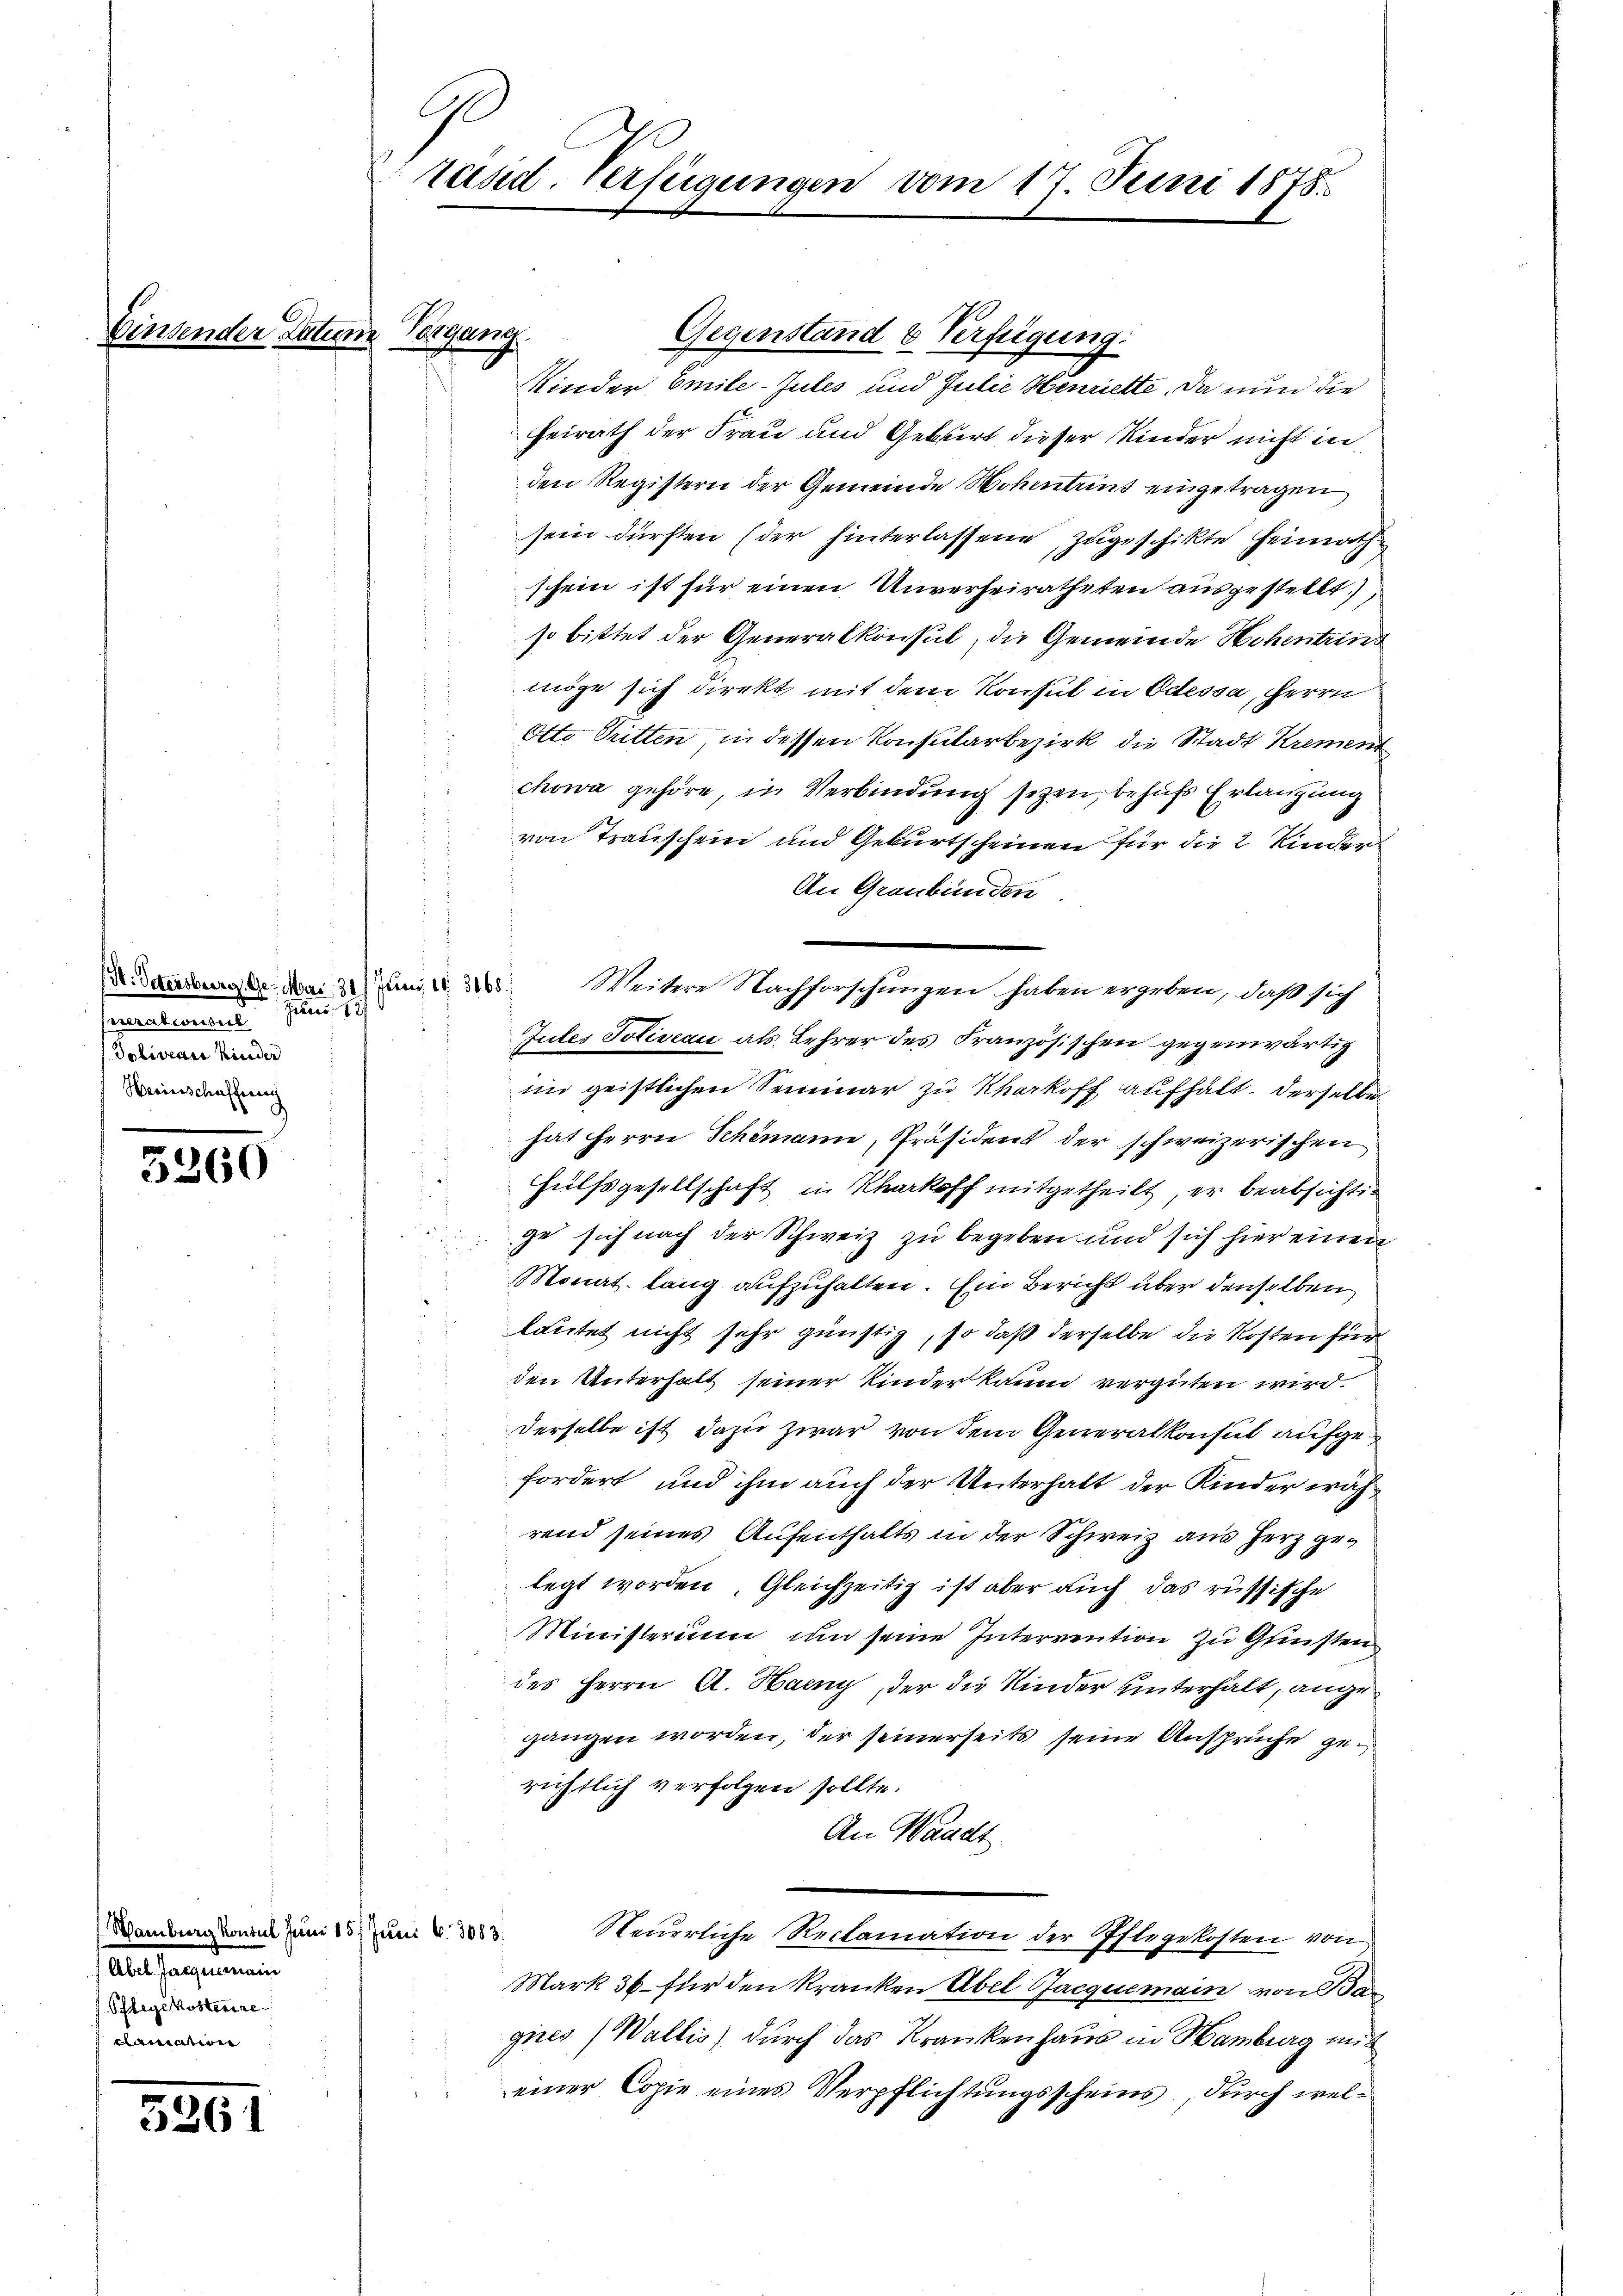
5360

Hamburg konsul Juni 157 Juni 6. 3083.
ales angemein
f. Pflegekosterire
amation

5261

Einsender Datum Vorgang

(Hr. Petersburg, Ge- Mar. 311 Juni 18. 3168.
Peten 82
velement
Soliveaus Kinder
Herinschaffung

räsid. Verfügungen vom 17. Juni 1878

G

Gegenstand & Verfügung:
KKinder Emile-Gutes und Julie Henriette. Da nun die
Heirath der Frau und Geburt dieser Kinder nicht in
den Registern der Gemeinde Hohentens eingetragen
sein dürften (der hinterlassene, zugeschikte Heimath
schein ist für einen Unverheiratheten ausgestellt.)
so bittet der Generalkonsul, die Gemeinde Hohentrind
möge sich direkt mit dem Konsul in Odessa, Herrn
Otto Sitten, in dessen Konsularbezirk die Stadt Krement
chowa gehöre, in Verbindung sezen, behufs Erlangung
von Trauschein und Geburtscheinen für die 2 Kinder
An Graubünden
tules Soliveau als Lehrer des Französischen gegenwärtig
im geistlichen Seminar zu Kherkoff aufhält. Derselbe
hat Herrn Schömann, Präsident der schweizerischen
Hülfsgesellschaft in Rharkoff mitgetheilt, er beabsichtig
ge sich nach der Schweiz zu begeben und sich hier einen
Monat lang aufzuhalten. Ein Bericht über denselben
lautet nicht sehr günstig, so daß derselbe die Kosten für
den Unterhalt seiner Kinder kaum vergüten wird.
derselbe ist dazu zwar von dem Generalkonsul aufgefordert und ihm auch der Unterhalt der Kinder während seines Aufenthalts in der Schweiz aus Herz gelegt worden, Gleichzeitig ist aber auch das russische
Ministerium um seine Intervention zu Gunsten
des Herrn A. Haeny, der die Kinder unterhalt, angegangen worden, der seinerseits seine Ansprüche gerichtlich verfolgen sollte.
An Waadt
Neuerliche Reclamation der Pflegekosten von
Mark 36 für den kranken Abel Jacquemain von Bar
gires Wallis) durch das Krankenhaus in Hamburg mit
einer Copie eines Verpflichtungsscheins, durch wel¬

Weitere Nachforschungen haben ergeben, daß sich